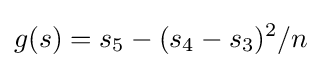
g(s)=s_{5}-(s_{4}-s_{3})^{2}/n